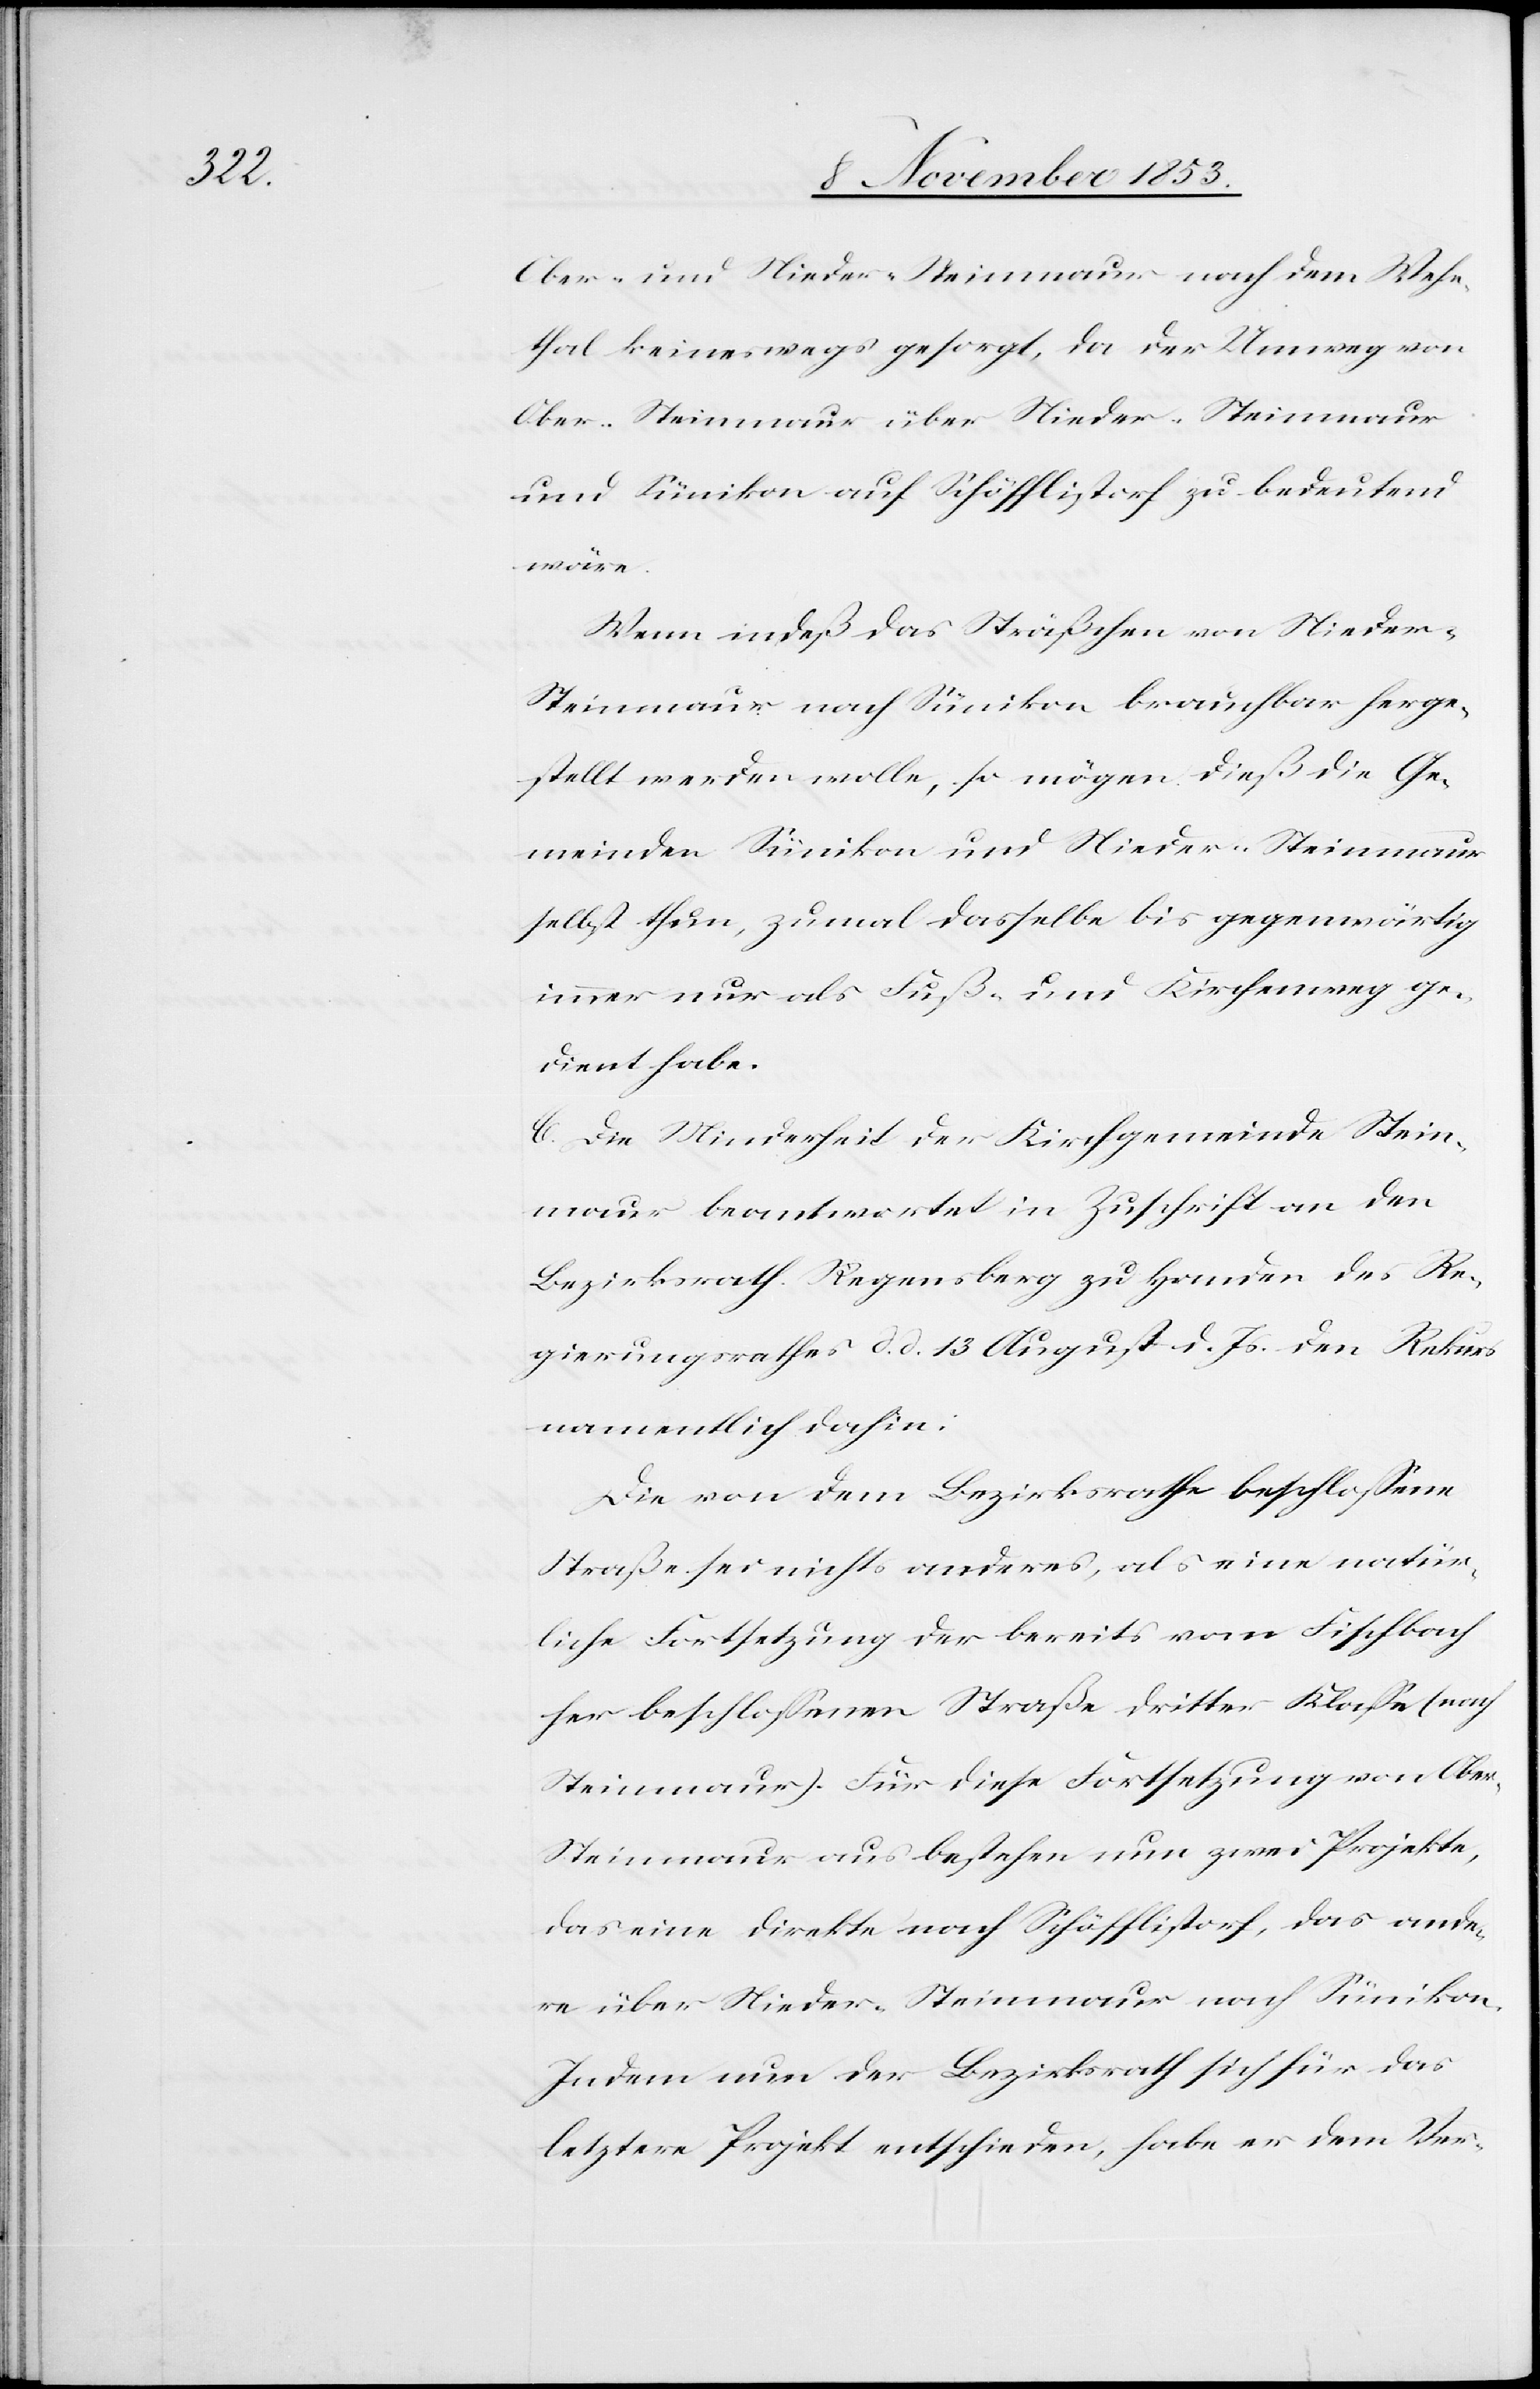
Ober- und Nieder-Steinmaur nach dem Wehn¬
thal keineswegs gesorgt, da der Umweg von
Ober-Steinmaur über Nieder-Steinmaur
und Sümikon auf Schöfflistorf zu bedeutend
wäre.
Wenn indeß das Sträßchen von Nieder-S¬
teinmaur nach Sümikon brauchbar herge¬
stellt werden wolle, so mögen dieß die Ge¬
meinden Sümikon und Nieder-Steinmaur
selbst thun, zumal dasselbe bis gegenwärtig
immer nur als Fuß- und Kirchenweg ge¬
dient habe.
C. Die Minderheit der Kirchgemeinde Stein¬
maur beantwortet in Zuschrift an den
Bezirksrath Regensberg zu Handen des Re¬
gierungsrathes d. d. 13 August d. Js. den Rekurs
namentlich dahin:
Die von dem Bezirksrathe beschloßene
Straße sei nichts anderes, als eine natür¬
liche Fortsetzung der bereits von Fischbach
her beschloßenen Straße dritter Klaße (nach
Steinmaur). Für diese Fortsetzung von Obe¬
r-Steinmaur aus bestehen nun zwei Projekte,
das eine direkte nach Schöfflistorf, das ande¬
re über Nieder-Steinmaur nach Sümikon.
Indem nun der Bezirksrath sich für das
letztere Projekt entschieden, habe er dem Ver-